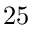
2 5